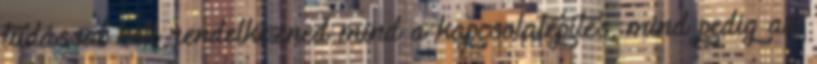
tudással kell rendelkezned mind a kapcsolatépítés, mind pedig az